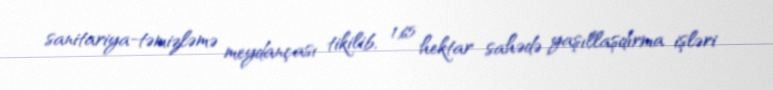
sanitariya-təmizləmə meydançası tikilib, 1,65 hektar sahədə yaşıllaşdırma işləri